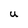
Character: U